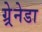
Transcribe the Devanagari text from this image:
ग्र्रेनेडा